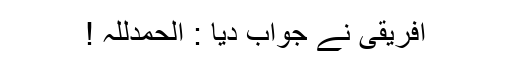
افریقی نے جواب دیا : الحمدللہ !